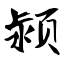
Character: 颍